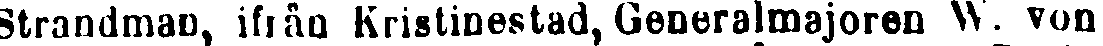
Strandman, ifrån Kristinestad, Generalmajoren W. von